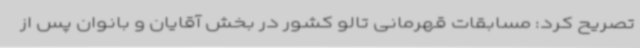
تصریح کرد: مسابقات قهرمانی تالو کشور در بخش آقایان و بانوان پس از